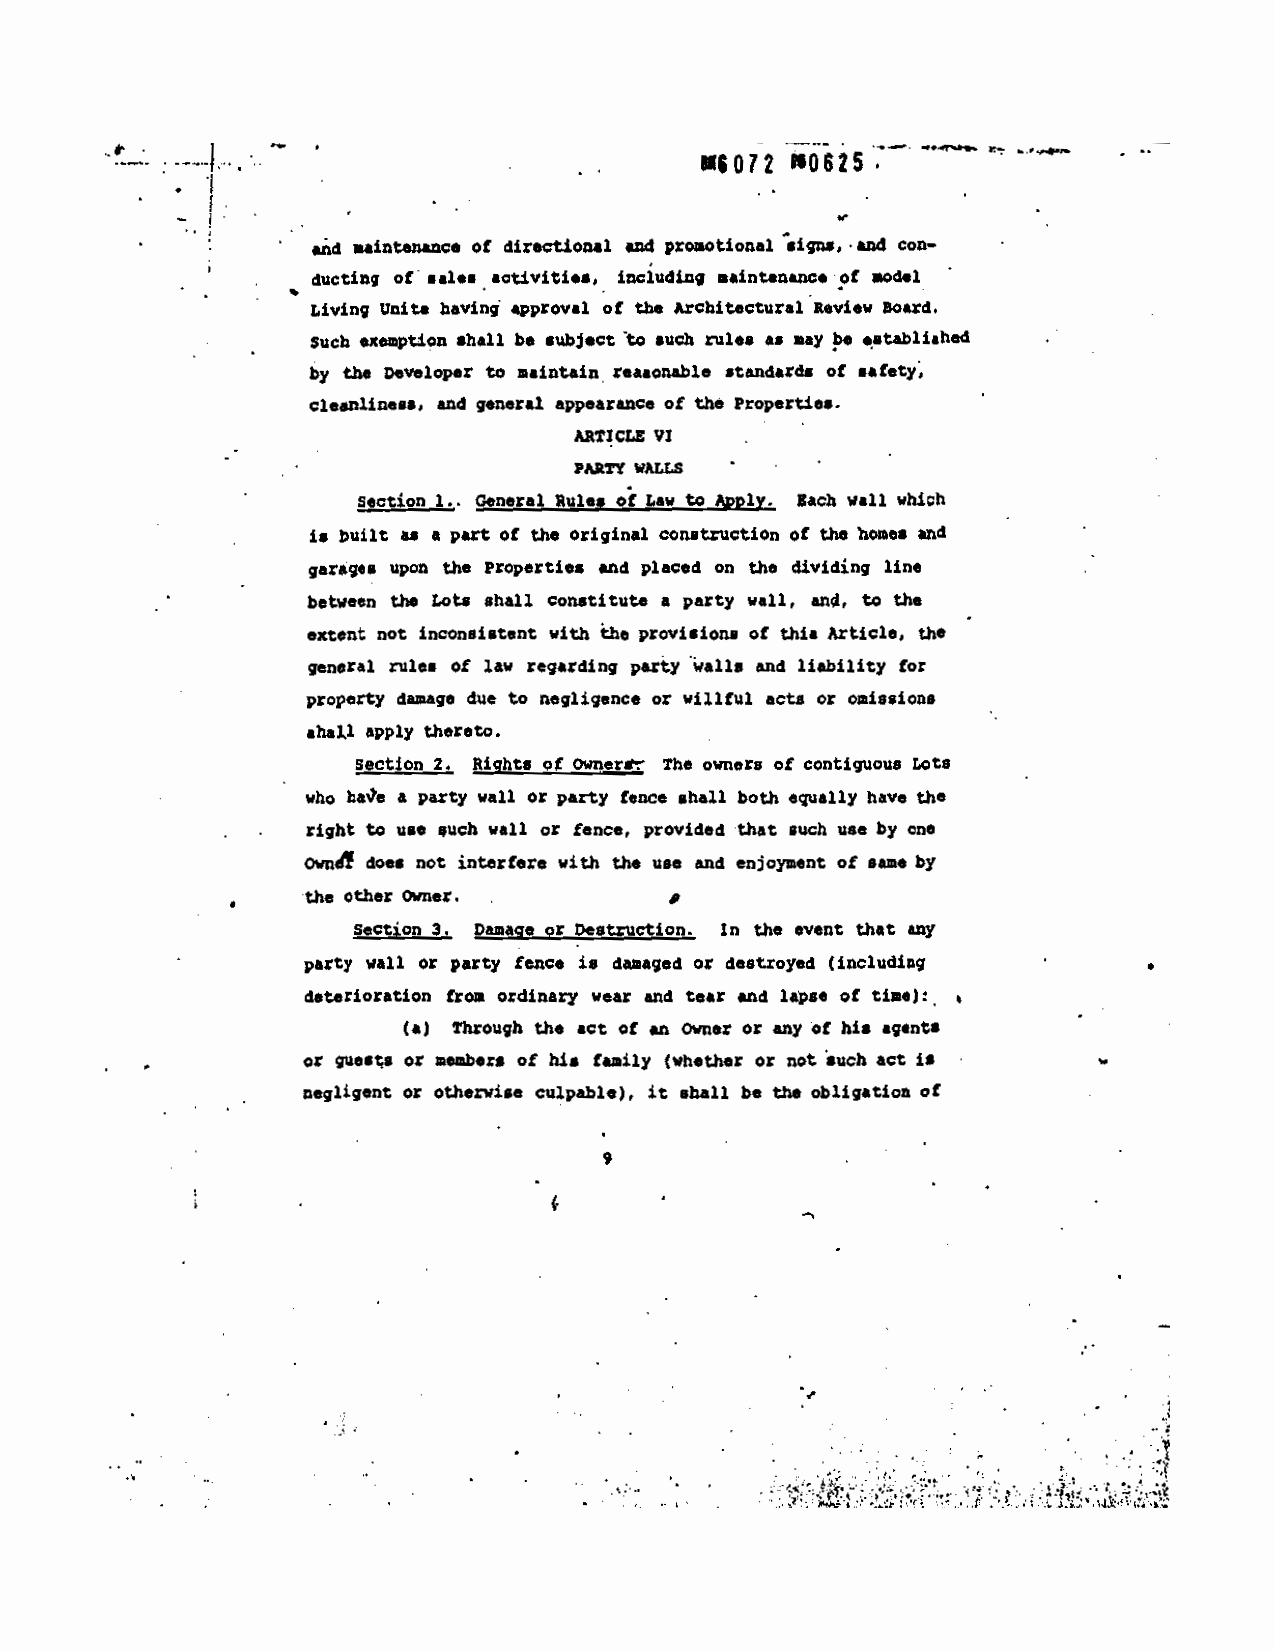
-
 proaotiOnal igns, and con—
 maiflttfl Of directiOnal and
 ad
 .ainttnaUCe of odel
 ducting of sales activitieS, including
 of the Architeatufli Review soard.
 — Living Units having approval
 .staili.htd
 such rules as nay be
 shall be subject to
 such neptS0n
 reasonable standards of safety.
 hi the Developer to maintain
 -
 and general appearance of the properties.
 cleanliness,
 AflICLE VI
 PARTY WALLS  -
 nlY! Each nil which
 SectiQ!Lh General Rules of Law to
 •
 construction ol the homeS an6
 i. built as a pat of the original
 and placed on the dividing line
 garages upon the properties
 constitute a party wall, an$, to the
 between the Lots shall
 of this Article, the
 extent not inconsistent with the prOViPiOfl'
 .alls and liability for
 general rules of law regarding party
 or willful acts or omissions
 property damage due to negligence
 shaLl apply thereto.
 Section 2, Rights of Ownt The owners of contiguous Lots
 ha'e a party wall or party fence shall both equally have the
 who
 right to use •uch wall or fence, provided that such use by on.
 and enjoyment of same by
 does not interfere with the use
 owná!
 th. other Owner. -      p
 the event that any
 3. Damage or Destruction. in
 section
 is damaged or destroyed (including
 party wall or party fence
 and lapse of time):
 deterioration from ordinary wear and tear
 of his agents
 (a) Through the act of an Owner or any
 not such act ii -
 meabets of his bill (whether or
 or guests or
 be the obligatioA of
 or otherwise culpable). it shall
 negligent
 -
 9
 F
 —